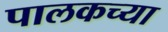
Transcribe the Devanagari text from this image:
पालकच्या